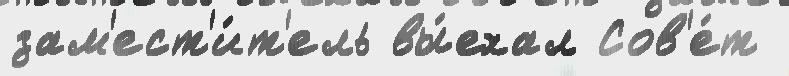
зам'ест'и́т'ель вы́ехал Сов'е́т